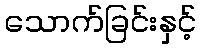
သောက်ခြင်းနှင့်